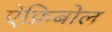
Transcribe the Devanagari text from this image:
ऐफ़िबोल